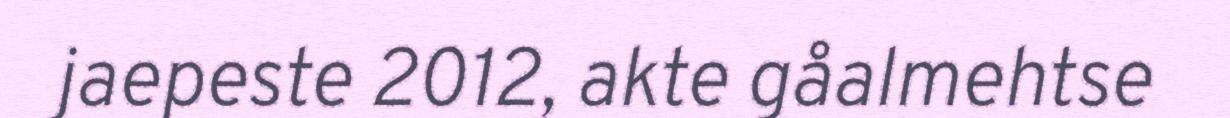
jaepeste 2012, akte gåalmehtse